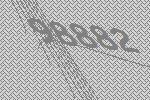
98882